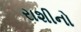
રાશીનો